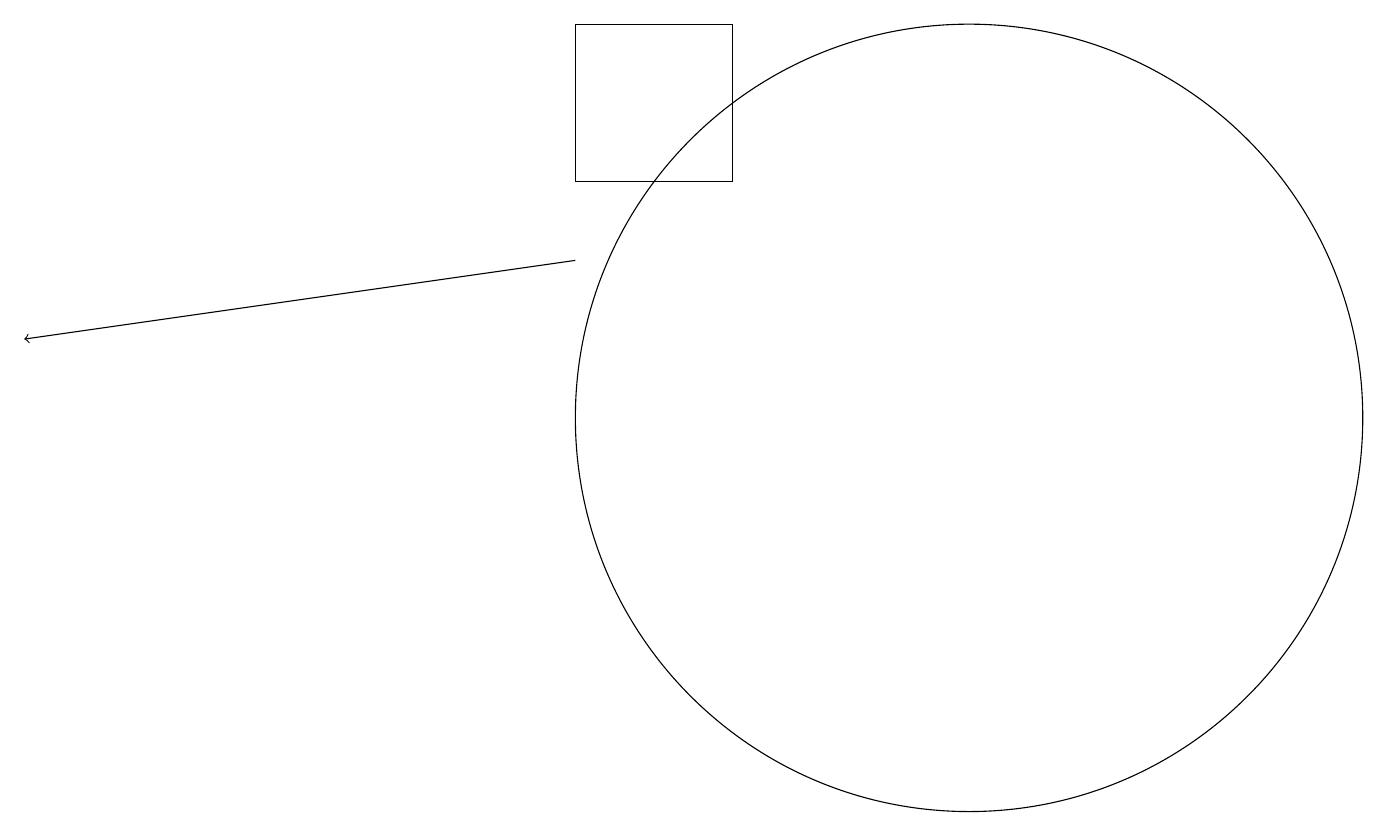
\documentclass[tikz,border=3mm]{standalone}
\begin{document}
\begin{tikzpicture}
\draw[->] (7,13) -- (0,12);
\draw (9,14) rectangle (7,16);
\draw (12,11) circle (5);
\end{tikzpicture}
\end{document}